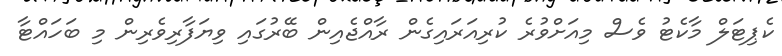
ކެޕިޓަލް މާކެޓު ވެސް މިއަށްވުރެ ކުރިއަރައިގެން ރާއްޖެއިން ބޭރުގައި ވިޔަފާރިވެރިން މި ބަހައްޓާ